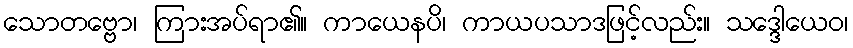
သောတဗ္ဗော၊ ကြားအပ်ရာ၏။ ကာယေနပိ၊ ကာယပသာဒဖြင့်လည်း။ သဒ္ဒေါယေဝ၊